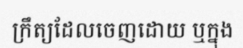
ក្រឹត្យដែលចេញដោយ ឬក្នុង